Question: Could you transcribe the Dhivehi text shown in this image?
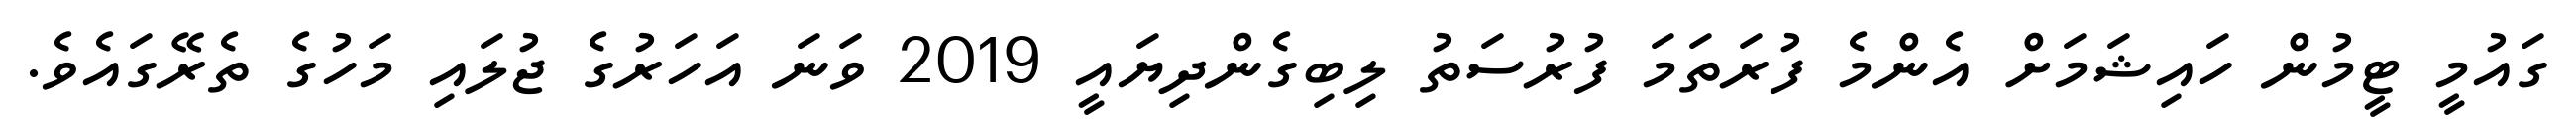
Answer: ގައުމީ ޓީމުން ހައިޝަމަށް އެންމެ ފުރަތަމަ ފުރުސަތު ލިބިގެންދިޔައީ 2019 ވަނަ އަހަރުގެ ޖުލައި މަހުގެ ތެރޭގައެވެ.